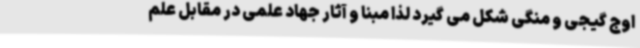
اوج گیجی و منگی شکل می گیرد لذا مبنا و آثار جهاد علمی در مقابل علم